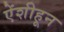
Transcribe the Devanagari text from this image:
ऐंशीहून